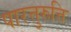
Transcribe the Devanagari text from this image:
पारत्तुरुत्ति